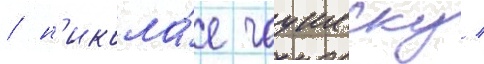
/ н'икола́е чаушеску /